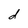
Character: d